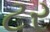
ટર